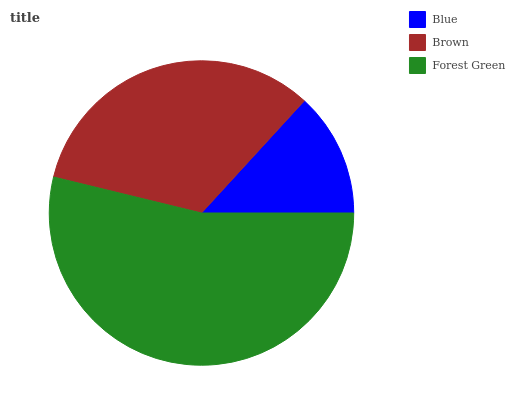
| Blue | Brown | Forest Green |
 | --- | --- | --- |
 | 13.2% | 33% | 53.8% |